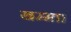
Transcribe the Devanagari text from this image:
खम्भा।